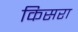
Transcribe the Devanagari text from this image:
किसरा